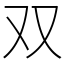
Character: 双